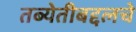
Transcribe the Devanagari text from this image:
तब्येतीबद्दलचे